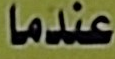
عندما